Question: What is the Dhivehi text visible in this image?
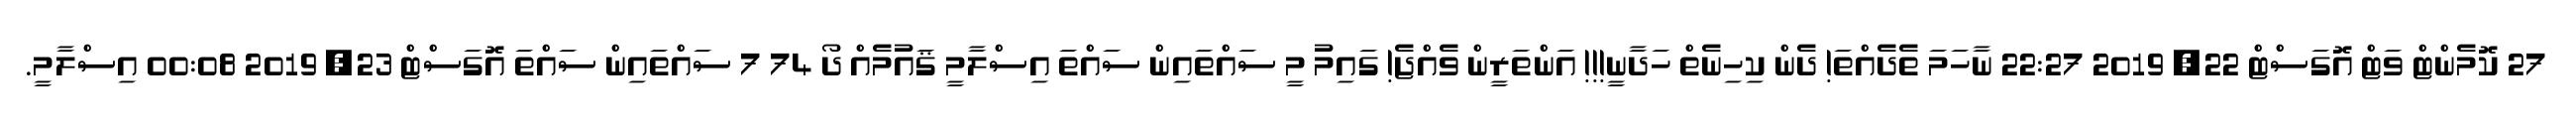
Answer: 27 ކޮމެންޓް ވަޓް އޮގަސްޓް 22, 2019 22:27 ނާހަމަ ތެދެއްތަ! ދެން ކިހިނެތް ހަދާނީ!!! އަންތަރީން ވެއްޖެ! ގައިމު މީ ސައްތައިން ސައްތަ އިސްލާމީ ޤައުމެއް ދޯ 74 7 ސައްތައިން ސައްތަ އޮގަސްޓް 23, 2019 00:08 އިސްލާމީ.